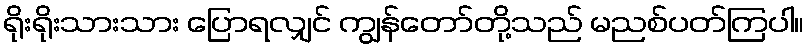
ရိုးရိုးသားသား ပြောရလျှင် ကျွန်တော်တို့သည် မညစ်ပတ်ကြပါ။